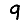
Digit: 9